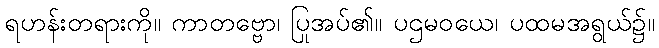
ရဟန်းတရားကို။ ကာတဗ္ဗော၊ ပြုအပ်၏။ ပဌမဝယေ၊ ပထမအရွယ်၌။